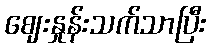
ဈေးနှုန်းသက်သာပြီး